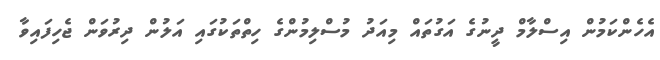
އެހެންކަމުން އިސްލާމް ދީނުގެ އަގުތައް މިއަދު މުސްލިމުންގެ ހިތްތަކުގައި އަލުން ދިރުވަން ޖެހިފައިވާ